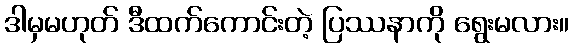
ဒါမှမဟုတ် ဒီထက်ကောင်းတဲ့ ပြဿနာကို ရွေးမလား။